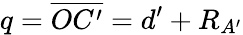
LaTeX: q=\overline{{OC^{\prime}}}=d^{\prime}+R_{A^{\prime}}